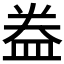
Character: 𥁠